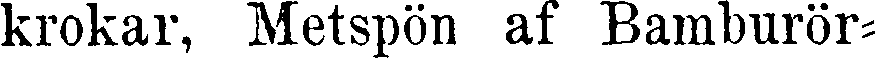
krokar, Metspön af Bamburör-